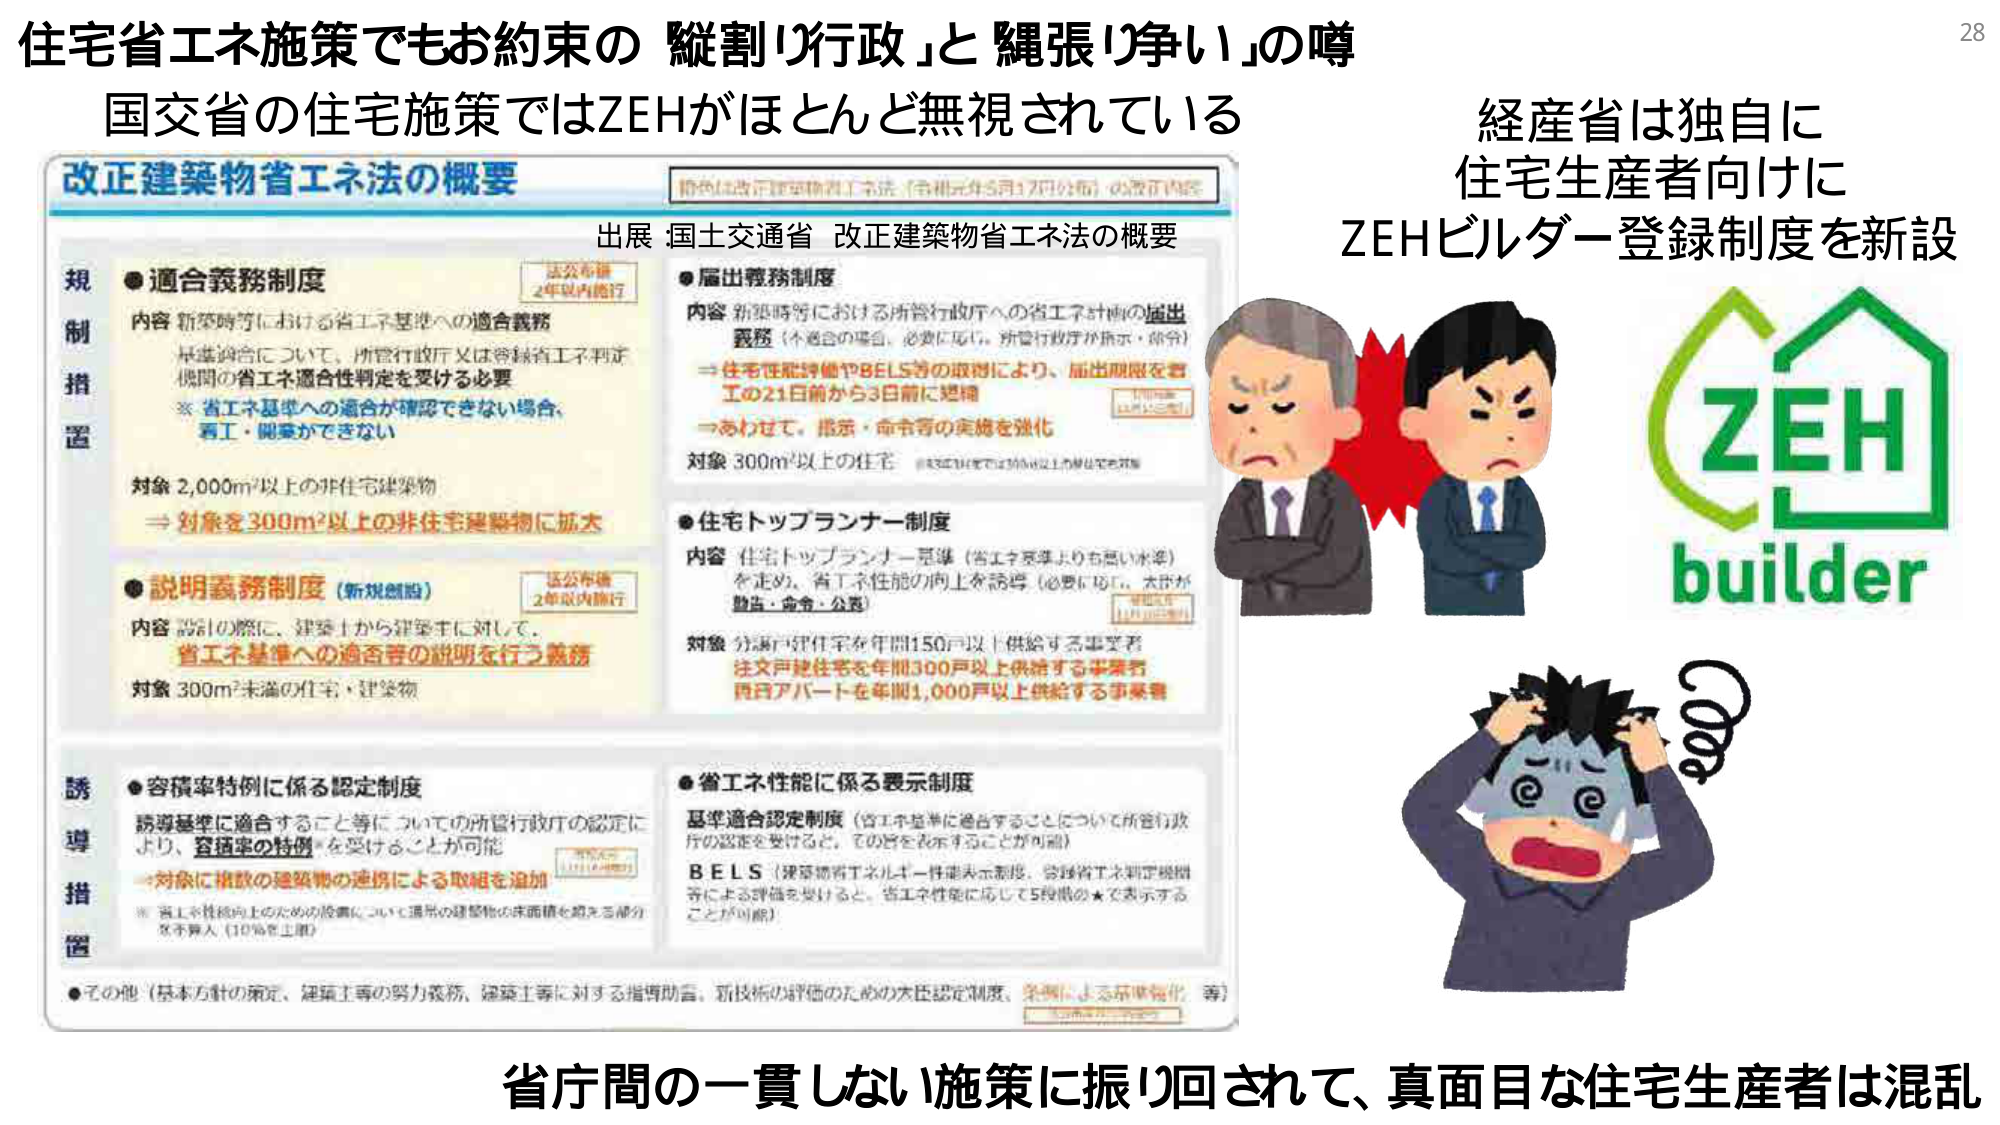
住宅省エネ施策でもお約束の「縦割り行政」と「縄張り争い」の噂
国交省の住宅施策ではZEHがほとんど無視されている

改正建築物省エネ法の概要
出展：国土交通省 改正建築物省エネ法の概要

規制措置
●適合義務制度
内容：新築時等における省エネ基準への適合義務
基準適合について、所管行政庁又は登録省エネ判定機関の省エネ適合性判定を受ける必要
※省エネ基準への適合が確認できない場合、着工・開業ができない
対象：2,000㎡以上の非住宅建築物
⇒対象を300㎡以上の非住宅建築物に拡大

●説明義務制度（新規創設）
内容：設計の際に、建築士から建築主に対して、省エネ基準への適合等の説明を行う義務
対象：300㎡未満の住宅・建築物

●届出義務制度
内容：新築時等における所管行政庁への省エネ計画の届出義務（不適合の場合、必要に応じ、所管行政庁が指示・命令）
⇒住宅性能評価やBELS等の取得により、届出期限を着工の21日前から3日前に短縮
⇒あわせて、指示・命令等の実施を強化
対象：300㎡以上の住宅（※300㎡以上は300㎡以上が対象）

●住宅トップランナー制度
内容：住宅トップランナー基準（省エネ基準よりも高い水準）を定め、省エネ性能の向上を誘導（必要に応じ、太郎が助成・命令・公表）
対象：分譲戸建住宅を年間150戸以上供給する事業者
注文戸建住宅を年間300戸以上供給する事業者
賃貸アパートを年間1,000戸以上供給する事業者

誘導措置
●容積率特例に係る認定制度
誘導基準に適合すること等についての所管行政庁の認定により、容積率の特例を受けることが可能
⇒対象に複数の建築物の連携による取組を追加
※省エネ性能向上のための設備について連帯の建築物の床面積を超える部分を不算入（10％を上限）

●省エネ性能に係る表示制度
基準適合認定制度（省エネ基準に適合することについて所管行政庁の認定を受けると、その旨を表示することが可能）
BELS（建築物省エネルギー性能表示制度、登録省エネ判定機関等による評価を受けると、省エネ性能に応じて5段階の★で表示することが可能）

●その他（基本方針の策定、建築主等の努力義務、建築主等に対する指導助言、新技術の評価のための大臣認定制度、条例による基準強化、等）

経産省は独自に
住宅生産者向けに
ZEHビルダー登録制度を新設

ZEH
builder

省庁間の一貫しない施策に振り回されて、真面目な住宅生産者は混乱

28